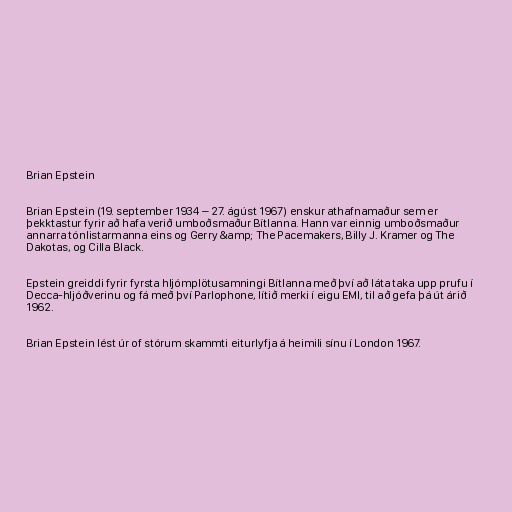
Brian Epstein

Brian Epstein (19. september 1934 – 27. ágúst 1967) enskur athafnamaður sem er
þekktastur fyrir að hafa verið umboðsmaður Bítlanna. Hann var einnig umboðsmaður
annarra tónlistarmanna eins og Gerry &amp; The Pacemakers, Billy J. Kramer og The
Dakotas, og Cilla Black.

Epstein greiddi fyrir fyrsta hljómplötusamningi Bítlanna með því að láta taka upp prufu í
Decca-hljóðverinu og fá með því Parlophone, lítið merki í eigu EMI, til að gefa þá út árið
1962.

Brian Epstein lést úr of stórum skammti eiturlyfja á heimili sínu í London 1967.